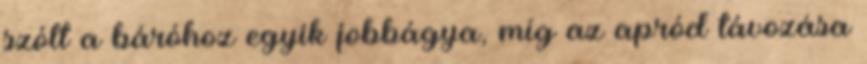
szólt a báróhoz egyik jobbágya, míg az apród távozása